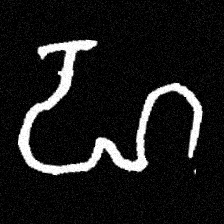
Pyu character \u2014 Myanmar letter: ဟ (romanized: ha)